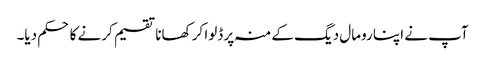
آپ نے اپنا رومال دیگ کے منہ پر ڈلوا کر کھانا تقسیم کرنے کا حکم دیا۔